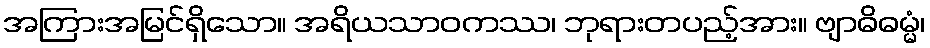
အကြားအမြင်ရှိသော။ အရိယသာဝကဿ၊ ဘုရားတပည့်အား။ ဗျာဓိဓမ္မံ၊